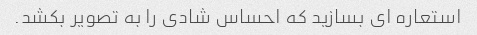
استعاره ای بسازید که احساس شادی را به تصویر بکشد.